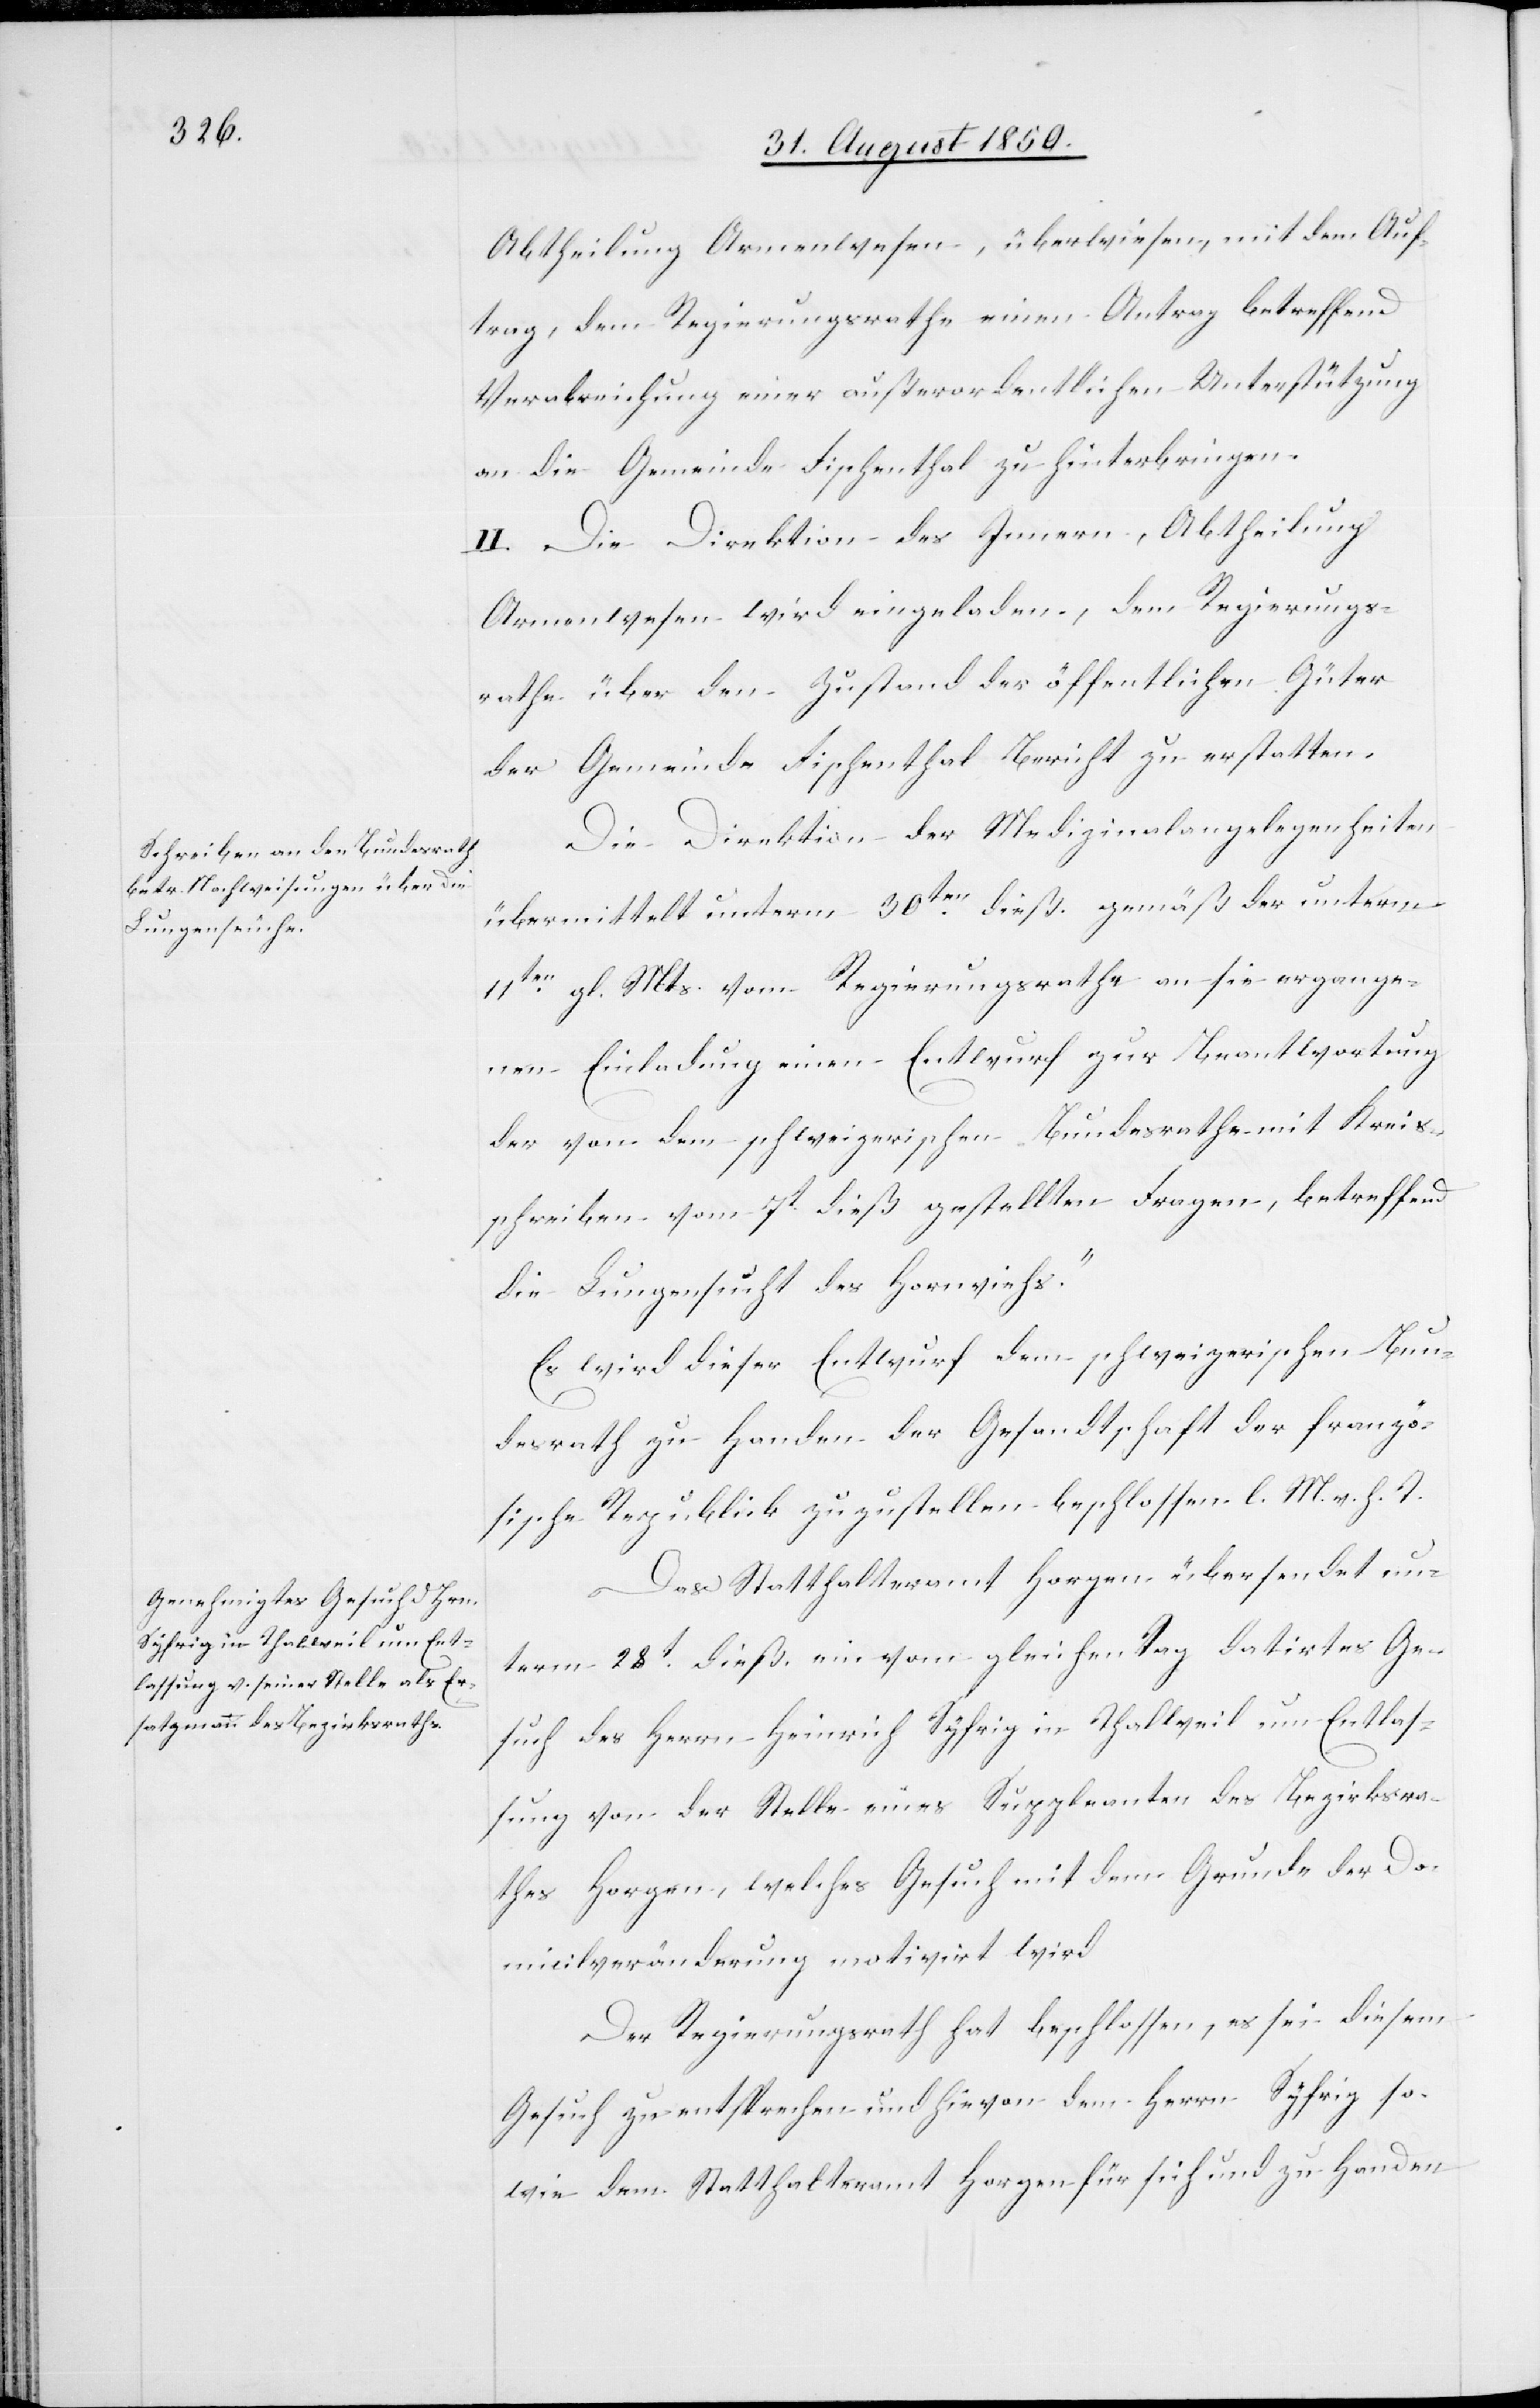
Abtheilung Armenwesen, überwiesen, mit dem Auf¬
trag, dem Regierungsrathe einen Antrag betreffend
Verabreichung einer außerordentlichen Unterstützung
an die Gemeinde Fischenthal zu hinterbringen.
II. Die Direktion des Innern, Abtheilung
Armenwesen wird eingeladen, dem Regierungs¬
rathe über den Zustand der öffentlichen Güter
der Gemeinde Fischenthal Bericht zu erstatten.
Die Direktion der Medizinalangelegenheiten
übermittelt unterm 30ten dieß. gemäß der unterm
11ten gl. Mts. vom Regierungsrathe an sie ergange¬
nen Einladung einen [„]Entwurf zur Beantwortung
der von dem schweizerischen Bundesrathe mit Kreis¬
schreiben vom 7t dieß gestellten Fragen, betreffend
die Lungensucht des Hornviehs.“
Es wird dieser Entwurf dem schweizerischen Bun¬
desrath zu Handen der Gesandtschaft der franzö¬
sische[n] Republick zuzustellen beschlossen. l. M. v. h. T.
Das Statthalteramt Horgen übersendet un¬
term 28t dieß. ein vom gleichen Tag datirtes Ge¬
such des Herrn Heinrich Syfrig in Thalweil um Entlas¬
sung von der Stelle eines Suppleanten des Bezirksra¬
thes Horgen, welches Gesuch mit dem Grunde der Do¬
micilveränderung motivirt wird.
Der Regierungsrath hat beschlossen, es sei diesem
Gesuch zu entsprechen und dem Herrn Syfrig so¬
wie dem Statthalteramt Horgen für sich und zu Handen